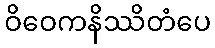
ဝိဝေကနိဿိတံပေ